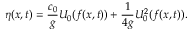
\eta ( x , t ) = \frac { c _ { 0 } } { g } U _ { 0 } ( f ( x , t ) ) + \frac { 1 } { 4 g } U _ { 0 } ^ { 2 } ( f ( x , t ) ) .